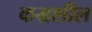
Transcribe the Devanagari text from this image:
कम्रशील